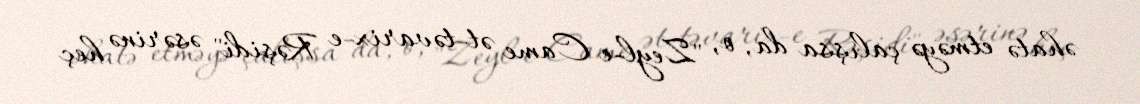
əhatə etməyə çalışsa da, o, "Zeyl-e Came ət-təvarix-e Rəşidi" əsərinə heç